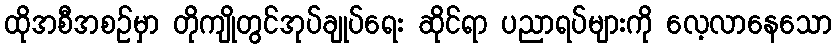
ထိုအစီအစဉ်မှာ တိုကျိုတွင်အုပ်ချုပ်ရေး ဆိုင်ရာ ပညာရပ်များကို လေ့လာနေသော